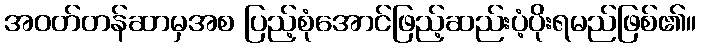
အဝတ်တန်ဆာမှအစ ပြည့်စုံအောင်ဖြည့်ဆည်းပံ့ပိုးရမည်ဖြစ်၏။